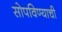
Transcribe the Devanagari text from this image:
सोपविण्याची